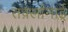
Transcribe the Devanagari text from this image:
तर्क़्लानाई